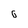
Character: 6